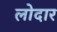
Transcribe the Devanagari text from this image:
लोदार